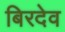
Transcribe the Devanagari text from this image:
बिरदेव